Indian journal of veterinary science and animal husbandry - Volumes 18-21, 1948-1951
Year: 1948
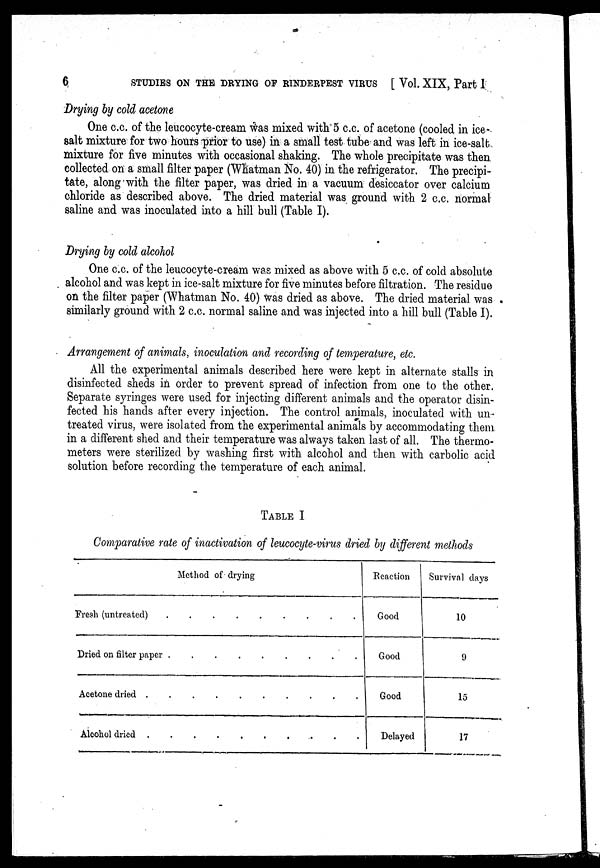
6
STUDIES ON THE DRYING OF RINDERPEST VIRUS [ Vol. XIX, Part I
Drying by cold acetone
One c.c. of the leucocyte-cream was mixed with 5 c.c. of acetone (cooled in ice-
salt mixture for two hours prior to use) in a small test tube and was left in ice-salt
mixture for five minutes with occasional shaking. The whole precipitate was then
collected on a small filter paper (Whatman No. 40) in the refrigerator. The precipi-
tate, along with the filter paper, was dried in a vacuum desiccator over calcium
chloride as described above. The dried material was ground with 2 c.c. normal
saline and was inoculated into a hill bull (Table I).
Drying by cold alcohol
One c.c. of the leucocyte-cream was mixed as above with 5 c.c. of cold absolute
alcohol and was kept in ice-salt mixture for five minutes before filtration. The residue
on the filter paper (Whatman No. 40) was dried as above. The dried material was
similarly ground with 2 c.c. normal saline and was injected into a hill bull (Table I).
Arrangement of animals, inoculation and recording of temperature, etc.
All the experimental animals described here were kept in alternate stalls in
disinfected sheds in order to prevent spread of infection from one to the other.
Separate syringes were used for injecting different animals and the operator disin-
fected his hands after every injection. The control animals, inoculated with un-
treated virus, were isolated from the experimental animals by accommodating them
in a different shed and their temperature was always taken last of all. The thermo-
meters were sterilized by washing first with alcohol and then with carbolic acid
solution before recording the temperature of each animal.
TABLE I
Comparative rate of inactivation of leucocyte-virus dried by different methods
Method of drying
Fresh (untreated) . . . . . . . . .
Dried on filter paper . . . . . . . . .
Acetone dried . . . . . . . . .
Alcohol dried . . . . . . . . .
Reaction
Good
Good
Good
Delayed
Survival days
10
9
15
17